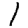
Digit: 1